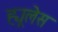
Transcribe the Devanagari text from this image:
ह्यूलेस